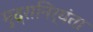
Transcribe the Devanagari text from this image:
मुद्रानिर्यंता